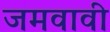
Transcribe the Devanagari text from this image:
जमवावी